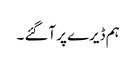
ہم ڈیرے پر آگئے ۔